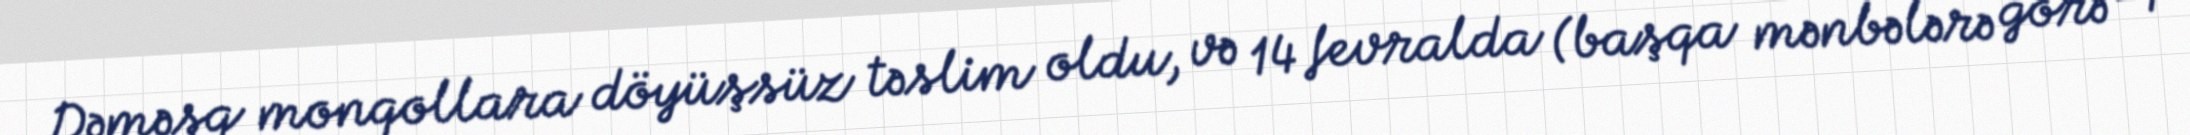
Dəməşq monqollara döyüşsüz təslim oldu, və 14 fevralda (başqa mənbələrə görə -1